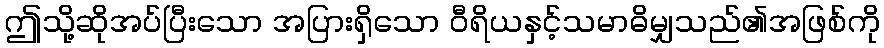
ဤသို့ဆိုအပ်ပြီးသော အပြားရှိသော ဝီရိယနှင့်သမာဓိမျှသည်၏အဖြစ်ကို